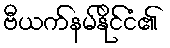
ဗီယက်နမ်နိုင်ငံ၏